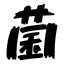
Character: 菌